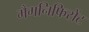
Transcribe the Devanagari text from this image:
मैगनिफिसेंट